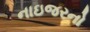
નાઇજરનો